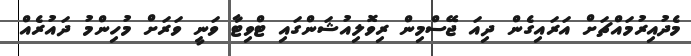
މެދުއިރުމައްޗަށް އަރައިގެން ދިއަ ޖޭސްމިން ރިވޮލިއުޝަންގައި ޓްވިޓާ ވަނީ ވަރަށް މުހިންމު ދައުރެއް